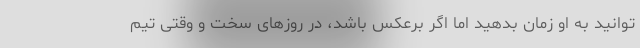
توانید به او زمان بدهید اما اگر برعکس باشد، در روزهای سخت و وقتی تیم